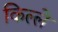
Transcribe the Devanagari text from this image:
किल्‍ले